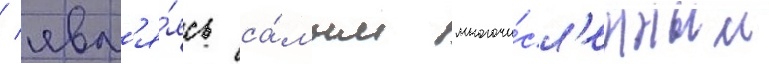
/ явл'я́ясь са́мым многочи́сл'енным